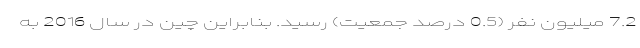
7.2 میلیون نفر (0.5 درصد جمعیت) رسید. بنابراین چین در سال 2016 به